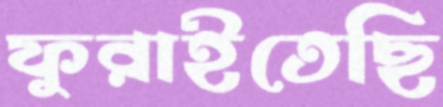
ফুরাইতেছি